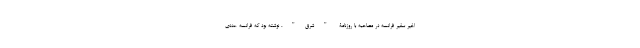
اخیر سفیر فرانسه در مصاحبه با روزنامۀ "شرق"، نوشته بود که فرانسه عددی